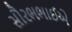
સૌરભભાઈએ